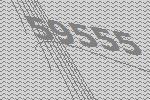
59555